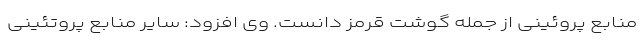
منابع پروئینی از جمله گوشت قرمز دانست. وی افزود: سایر منابع پروتئینی